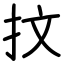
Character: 抆